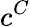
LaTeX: c^{C}